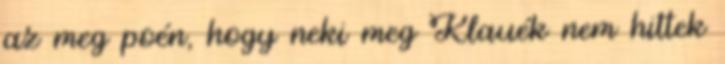
az meg poén, hogy neki meg Klauék nem hittek